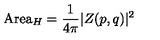
\mathrm { A r e a } _ { H } = \frac { 1 } { 4 \pi } \vert Z ( p , q ) \vert ^ { 2 }